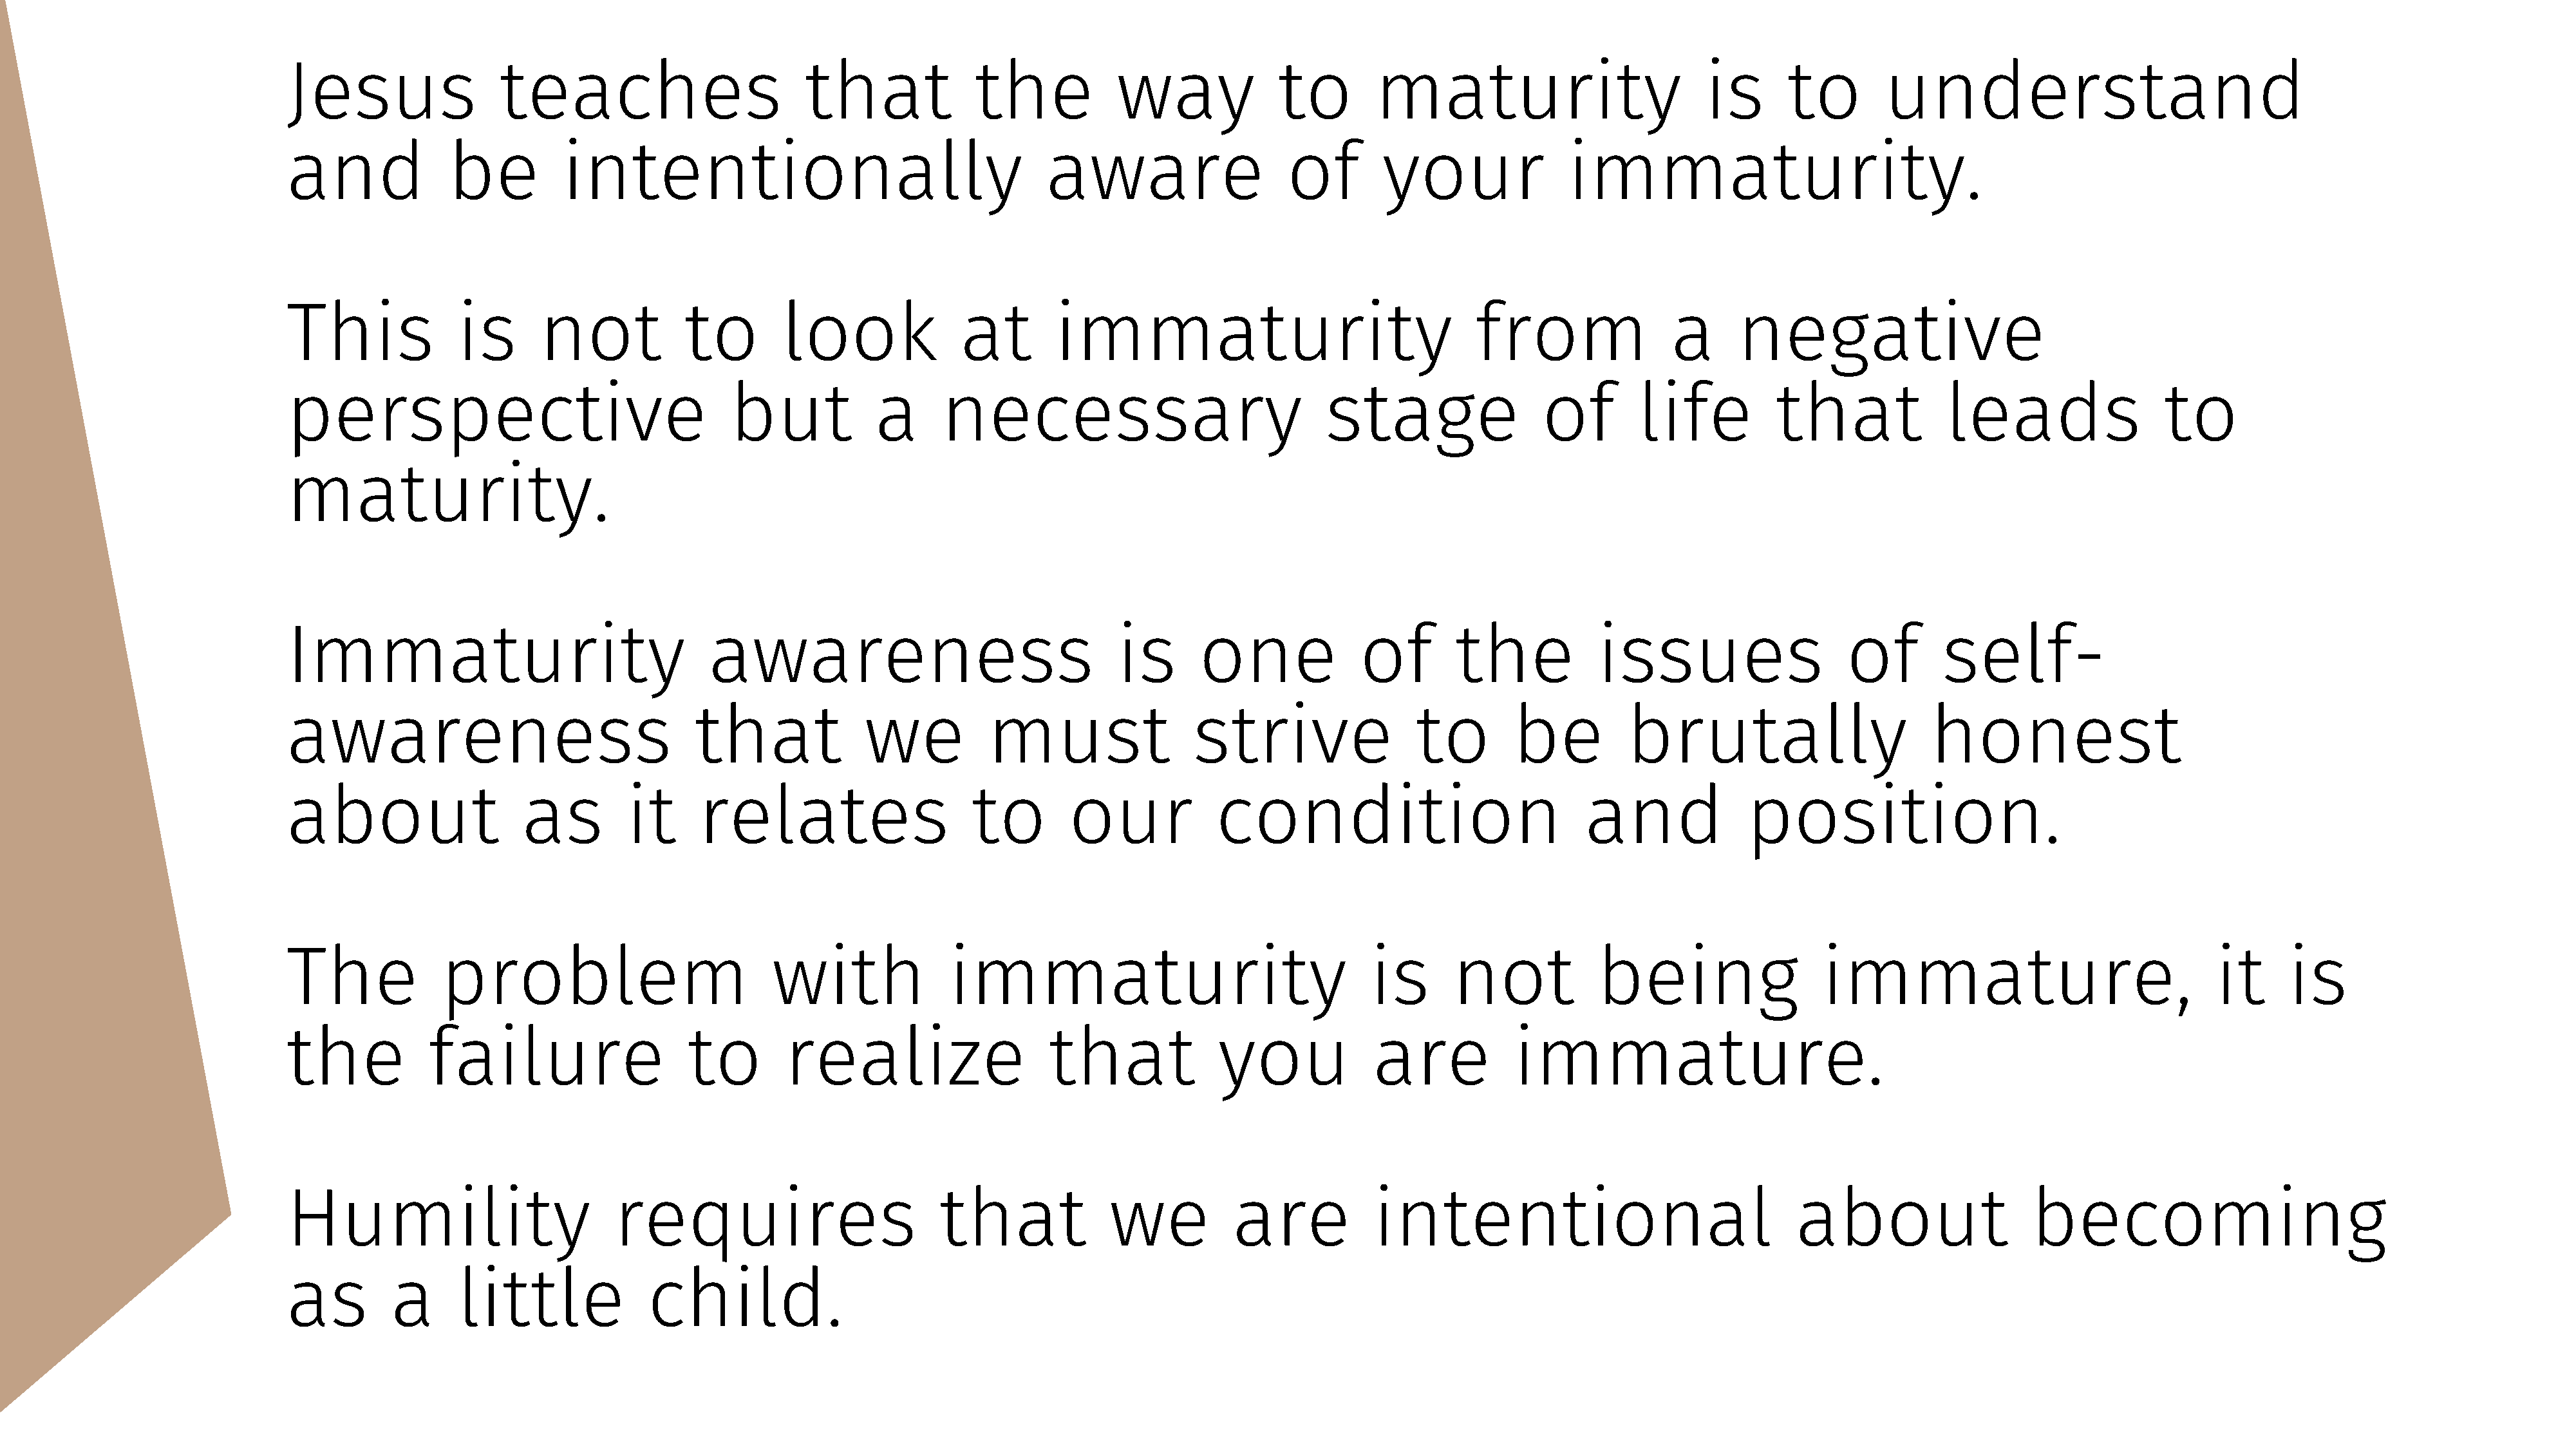
Jesus                 teaches                         that             the            way             to        maturity                          is       to        understand
 and              be          intentionally                                    aware                    of        your               immaturity.
 This              is      not            to        look               at       immaturity                                  from                a      negative
 perspective                                   but            a      necessary                              stage                  of       life           that             leads                 to
 maturity.
 Immaturity                                  awareness                                 is      one              of        the           issues                    of        self-
 awareness                                 that              we           must                 strive                 to        be         brutally                       honest
 about                    as        it      relates                     to        our            condition                             and              position.
 The             problem                           with               immaturity                                 is      not            being                  immature,                                it     is
 the            failure                    to        realize                    that             you             are            immature.
 Humility                          requires                          that             we           are           intentional                                 about                   becoming
 as         a      little              child.